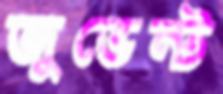
জুভেন্ট